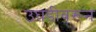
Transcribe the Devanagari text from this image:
उघडीवरून